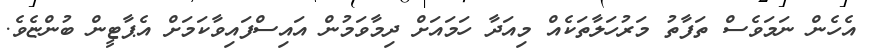
އެހެން ނަމަވެސް ތަފާތު މަރުހަލާތަކެއް މިއަދާ ހަމައަށް ދިމާވަމުން އައިސްފައިވާކަމަށް އެޕާޓީން ބުންޏެވެ.